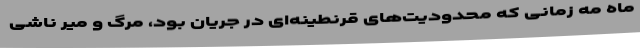
ماه مه زمانی که محدودیت‌های قرنطینه‌ای در جریان بود، مرگ و میر ناشی